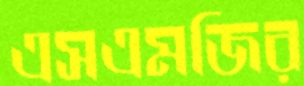
এসএমজির